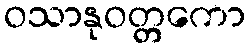
ဝသာနုဝတ္တကော